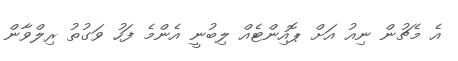
އެ މެޗުން ނިއު އަށް ޕޮއިންޓެއް ލިބުނީ އެންމެ ފަހު ވަގުތު ރިލްވާން